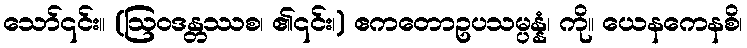
သော်၎င်း။ (ဩဝဒန္တဿစ၊ ၏၎င်း၊) ဧကတောဥပသမ္ပန္နံ၊ ကို။ ယေနကေနစိ၊